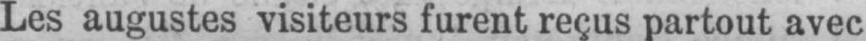
Les augustes visiteurs furent reçus partout avec